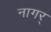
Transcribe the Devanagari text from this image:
नागर्